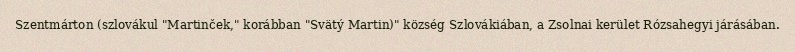
Szentmárton (szlovákul "Martinček," korábban "Svätý Martin)" község Szlovákiában, a Zsolnai kerület Rózsahegyi járásában.